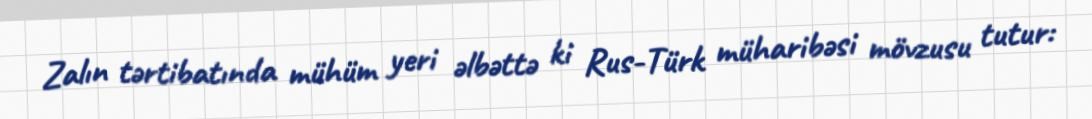
Zalın tərtibatında mühüm yeri əlbəttə ki Rus-Türk müharibəsi mövzusu tutur: